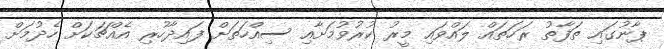
ޕާނުގައި ތަފާތު ރަހަތައް ލައްވައި މީރު ކުރުވުމަށާއި ސިއްހަތަށް ފައިދާހުރި އެއްޗަކަށް ހެދުމަށް